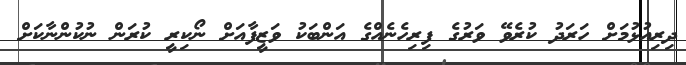
ދިރިއުޅުމަށް ހަރަދު ކުރެވޭ ވަރުގެ ފިރިހެނެއްގެ އަންބަކު ވަޒީފާއަށް ނޯކިރީ ކުރަން ނުކުންނާކަށް